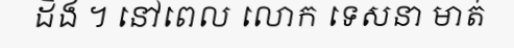
ដឹង ។ នៅពេល លោក ទេសនា មាត់